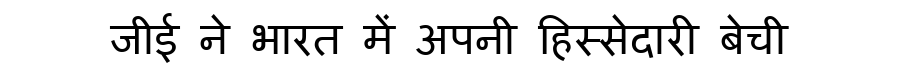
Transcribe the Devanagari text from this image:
जीई ने भारत में अपनी हिस्सेदारी बेची